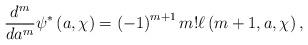
LaTeX: \begin{align*}\frac{d^{m}}{da^{m}}\psi^{\ast}\left( a,\chi\right) =\left( -1\right)^{m+1}m!\ell\left( m+1,a,\chi\right) , \end{align*}